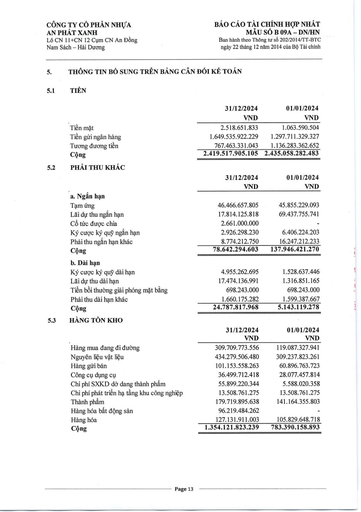
||31/12/2024 VND|01/01/2024 VND| |---|---|---| |Tiền mặt|2.518.651.833|1.063.590.504| |Tiền gửi ngân hàng|1.649.535.922.229|1.297.711.329.327| |Tương đương tiền|767.463.331.043|1.136.283.362.652| |Cộng|2.419.517.905.105|2.435.058.282.483| ||31/12/2024 VND|01/01/2024 VND| |---|---|---| |a. Ngắn hạn||| |Tạm ứng|46.466.657.805|45.855.229.093| |Lãi dự thu ngắn hạn|17.814.125.818|69.437.755.741| |Cổ tức được chia|2.661.000.000|| |Ký cược ký quỹ ngắn hạn|2.926.298.230|6.406.224.203| |Phải thu ngắn hạn khác|8.774.212.750|16.247.212.233| |Cộng|78.642.294.603|137.946.421.270| |b. Dài hạn||| |Ký cược ký quỹ dài hạn|4.955.262.695|1.528.637.446| |Lãi dự thu dài hạn|17.474.136.991|1.316.851.165| |Tiền bồi thường giải phóng mặt bằng|698.243.000|698.243.000| |Phải thu dài hạn khác|1.660.175.282|1.599.387.667| |Cộng|24.787.817.968|5.143.119.278| ||31/12/2024 VND|01/01/2024 VND| |---|---|---| |Hàng mua đang đi đường|309.709.773.556|119.087.327.941| |Nguyên liệu vật liệu|434.279.506.480|309.237.823.261| |Hàng gửi bán|101.153.558.263|60.896.763.723| |Công cụ dụng cụ|36.499.712.418|28.077.457.814| |Chi phí SXKD dở dang thành phẩm|55.899.220.344|5.588.020.358| |Chi phí phát triển hạ tầng khu công nghiệp|13.508.761.275|13.508.761.275| |Thành phẩm|179.719.895.638|141.164.355.803| |Hàng hóa bất động sản|96.219.484.262|| |Hàng hóa|127.131.911.003|105.829.648.718| |Cộng|1.354.121.823.239|783.390.158.893|